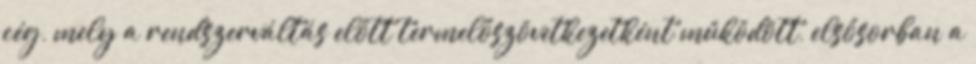
cég, mely a rendszerváltás előtt termelőszövetkezetként működött, elsősorban a